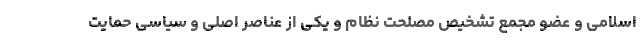
اسلامی و عضو مجمع تشخیص مصلحت نظام و یکی از عناصر اصلی و سیاسی حمایت